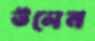
উলেন